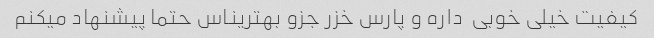
کیفیت خیلی خوبی  داره و پارس خزر جزو بهتریناس حتما پیشنهاد میکنم